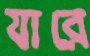
যারে